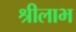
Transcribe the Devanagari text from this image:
श्रीलाभ